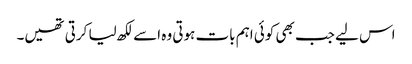
اس لیے جب بھی کوئی اہم بات ہوتی وہ اسے لکھ لیا کرتی تھیں۔